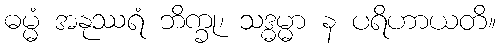
ဓမ္မံ အနုဿရံ ဘိက္ခု၊ သဒ္ဓမ္မာ န ပရိဟာယတိ။